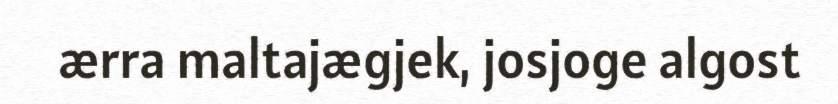
ærra maltajægjek, josjoge algost